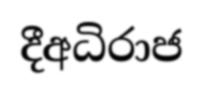
දීඅධිරාජ